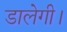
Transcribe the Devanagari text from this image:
डालेगी।